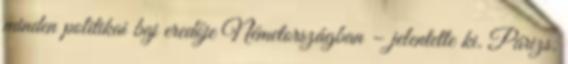
minden politikai baj eredője Németországban – jelentette ki. Párizs.